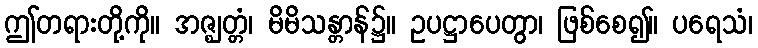
ဤတရားတို့ကို။ အဇ္ဈတ္တံ၊ မိမိသန္တာန်၌။ ဥပဋ္ဌာပေတွာ၊ ဖြစ်စေ၍။ ပရေသံ၊